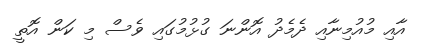
އާއި މުއުމިނާއި ދެމެދު އޮންނަ ގުޅުމުގައި ވެސް މި ކަން އޮތީ